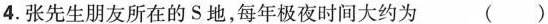
4.张先生朋友所在的S地，每年极夜时间大约为 ( )